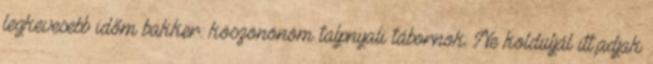
legkevesebb időm bakker.: köszönönöm talpnyali tábornok: Ne kolduljál itt,adjak